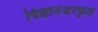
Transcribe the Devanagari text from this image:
विज्ञानेश्वरकृत